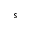
s